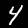
Digit: 4